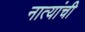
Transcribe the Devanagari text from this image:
नात्यांची